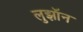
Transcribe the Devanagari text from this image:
लुझॉन